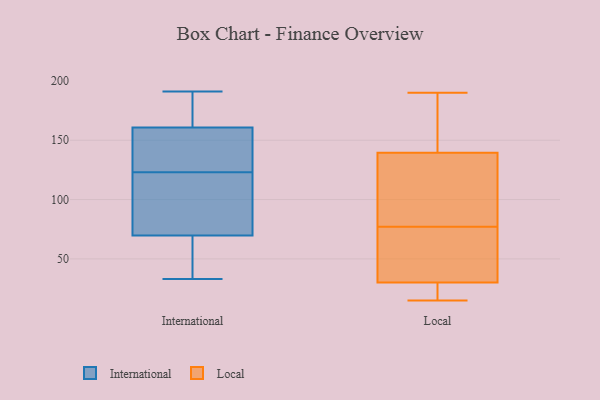
{"axis": {"x": "Latency (ms)", "y": "Value"}, "legend": ["International", "Local"], "data": [{"x": "", "y": 191, "type": "International"}, {"x": "", "y": 33, "type": "International"}, {"x": "", "y": 167, "type": "International"}, {"x": "", "y": 73, "type": "International"}, {"x": "", "y": 123, "type": "International"}, {"x": "", "y": 163, "type": "International"}, {"x": "", "y": 95, "type": "International"}, {"x": "", "y": 69, "type": "International"}, {"x": "", "y": 160, "type": "International"}, {"x": "", "y": 125, "type": "International"}, {"x": "", "y": 132, "type": "International"}, {"x": "", "y": 52, "type": "International"}, {"x": "", "y": 70, "type": "International"}, {"x": "", "y": 190, "type": "Local"}, {"x": "", "y": 30, "type": "Local"}, {"x": "", "y": 15, "type": "Local"}, {"x": "", "y": 30, "type": "Local"}, {"x": "", "y": 159, "type": "Local"}, {"x": "", "y": 111, "type": "Local"}, {"x": "", "y": 29, "type": "Local"}, {"x": "", "y": 145, "type": "Local"}, {"x": "", "y": 38, "type": "Local"}, {"x": "", "y": 76, "type": "Local"}, {"x": "", "y": 162, "type": "Local"}, {"x": "", "y": 16, "type": "Local"}, {"x": "", "y": 77, "type": "Local"}, {"x": "", "y": 123, "type": "Local"}, {"x": "", "y": 111, "type": "Local"}]}